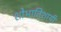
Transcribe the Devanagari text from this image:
शोभातिशायी